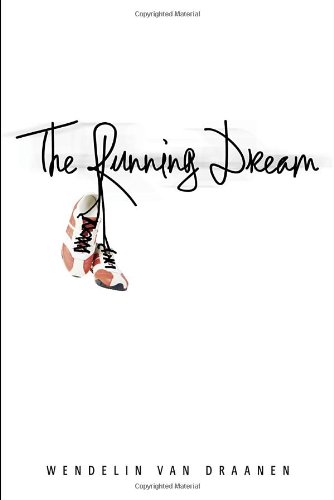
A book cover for The Running Dream (Schneider Family Book Award - Teen Book Winner); Wendelin Van Draanen; Teen & Young Adult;